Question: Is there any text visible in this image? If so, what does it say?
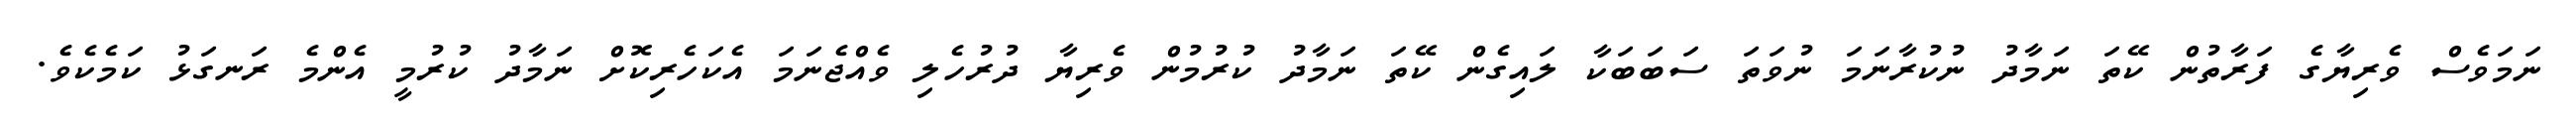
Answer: ނަމަވެސް ވެރިޔާގެ ފަރާތުން ކޭތަ ނަމާދު ނުކުރާނަމަ ނުވަތަ ސަބަބަކާ ލައިގެން ކޭތަ ނަމާދު ކުރުމުން ވެރިޔާ ދުރުހެލި ވެއްޖެނަމަ އެކަހެރިކޮށް ނަމާދު ކުރުމީ އެންމެ ރަނގަޅު ކަމެކެވެ.